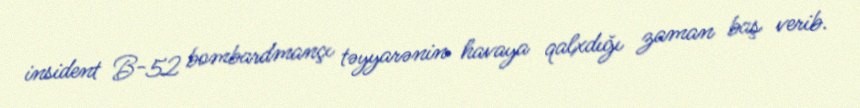
insident B-52 bombardmançı təyyarənin havaya qalxdığı zaman baş verib.